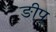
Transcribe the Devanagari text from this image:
ङीप्